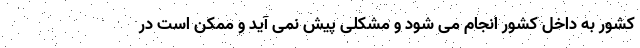
کشور به داخل کشور انجام می شود و مشکلی پیش نمی آید و ممکن است در